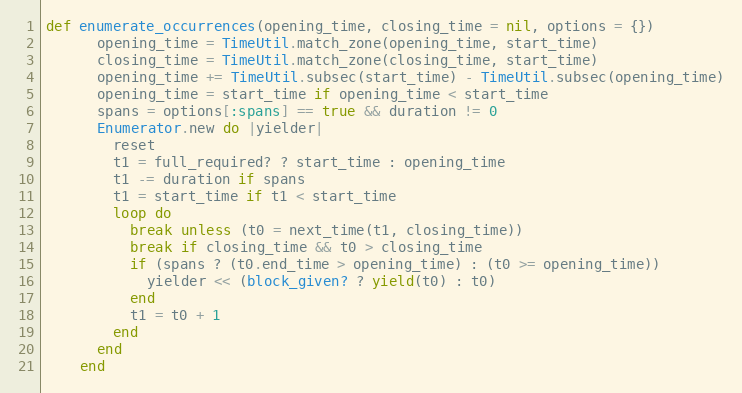
Language: Ruby
def enumerate_occurrences(opening_time, closing_time = nil, options = {})
      opening_time = TimeUtil.match_zone(opening_time, start_time)
      closing_time = TimeUtil.match_zone(closing_time, start_time)
      opening_time += TimeUtil.subsec(start_time) - TimeUtil.subsec(opening_time)
      opening_time = start_time if opening_time < start_time
      spans = options[:spans] == true && duration != 0
      Enumerator.new do |yielder|
        reset
        t1 = full_required? ? start_time : opening_time
        t1 -= duration if spans
        t1 = start_time if t1 < start_time
        loop do
          break unless (t0 = next_time(t1, closing_time))
          break if closing_time && t0 > closing_time
          if (spans ? (t0.end_time > opening_time) : (t0 >= opening_time))
            yielder << (block_given? ? yield(t0) : t0)
          end
          t1 = t0 + 1
        end
      end
    end